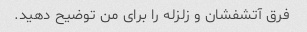
فرق آتشفشان و زلزله را برای من توضیح دهید.